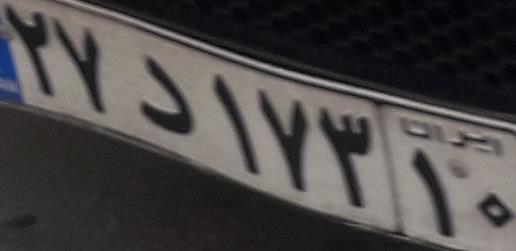
۲۷د۱۷۳۱۰